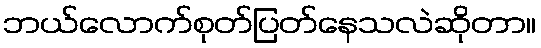
ဘယ်လောက်စုတ်ပြတ်နေသလဲဆိုတာ။